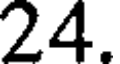
24.